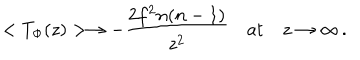
LaTeX: < T _ { \Phi } ( z ) > \rightarrow - \frac { 2 f ^ { 2 } n ( n - 1 ) } { z ^ { 2 } } \quad \mathrm { a t } \quad z \rightarrow \infty \, .